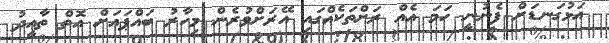
އަޅުގަނޑަށް ފެނުނީ ހަމަ އެއް ރަށްތަކެއްގައި އޭރަށްވުރެން މިހާރު ބައްޕައަށް އޮތް ތާޢީދު